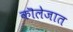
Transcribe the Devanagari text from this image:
कॊलेजात